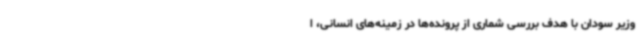
وزیر سودان با هدف بررسی شماری از پرونده‌ها در زمینه‌های انسانی، ا